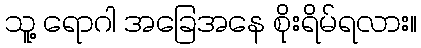
သူ့ ရောဂါ အခြေအနေ စိုးရိမ်ရလား။